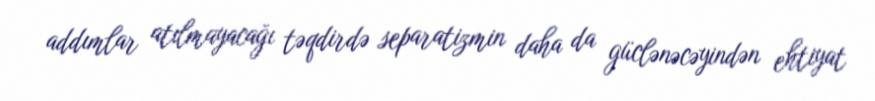
addımlar atılmayacağı təqdirdə separatizmin daha da güclənəcəyindən ehtiyat